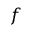
f